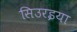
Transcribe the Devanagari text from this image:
सिउरइया